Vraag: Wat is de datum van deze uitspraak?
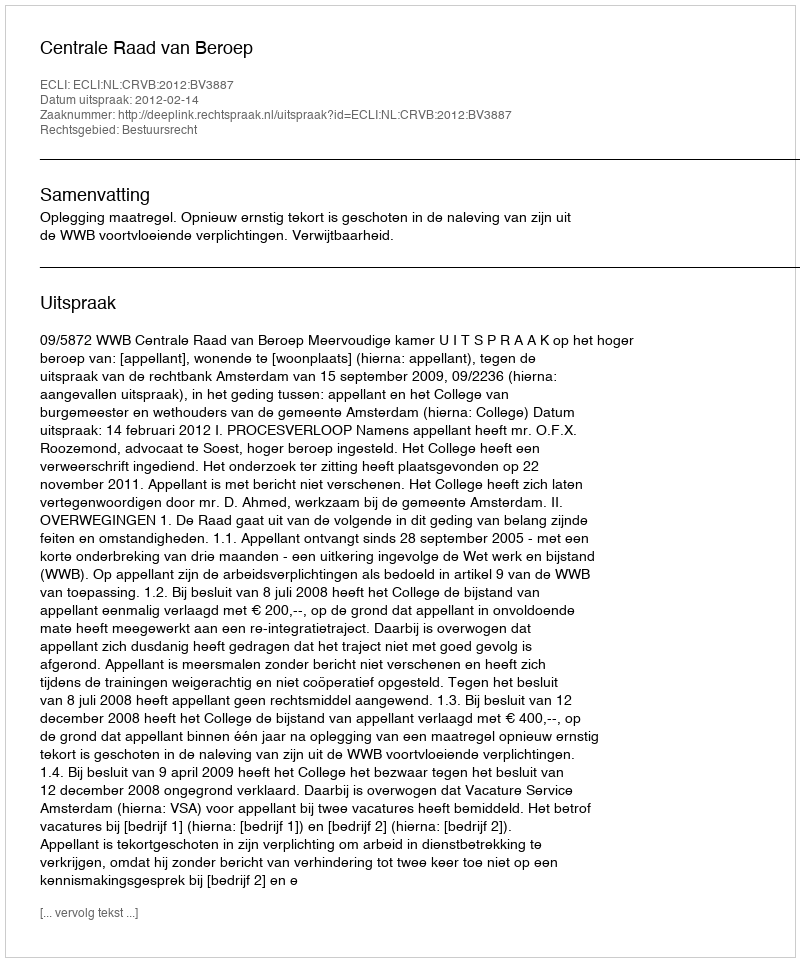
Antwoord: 2012-02-14